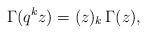
LaTeX: \begin{align*}\Gamma(q^kz)=(z)_k\,\Gamma(z), \end{align*}